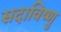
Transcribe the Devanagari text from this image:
सदाविष्णु